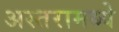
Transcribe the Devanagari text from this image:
अस्तरामध्ये